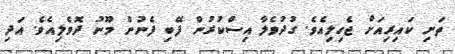
ތަށި ކައިރިއަށް ޖެހިލިއެވެ. ގުދުވެލާ އިސްކުރުން ފޭބި ފެނުން މޫނު ދޮވެލިއެވެ. އަދި